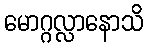
မောဂ္ဂလ္လာနောသိ